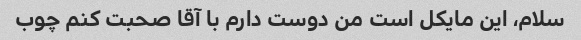
سلام، این مایکل است من دوست دارم با آقا صحبت کنم چوب